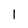
Character: 1